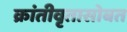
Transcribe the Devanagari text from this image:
क्रांतीवृतासोबत